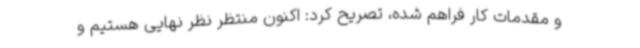
و مقدمات کار فراهم شده، تصریح کرد: اکنون منتظر نظر نهایی هستیم و